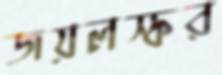
জয়লস্কর